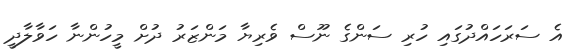
އެ ސަރަހައްދުގައި ހުރި ސަންގެ ނޫސް ވެރިޔާ މަންޒަރު ދުށް މީހުންނާ ހަވާލާދީ